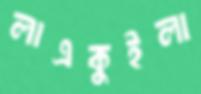
লাএকুইলা